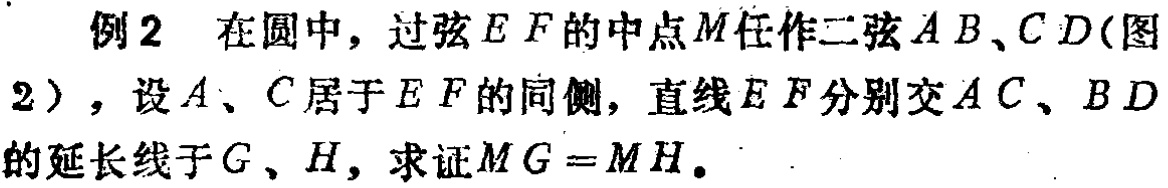
例2 在圆中，过弦\(EF\)的中点\(M\)任作二弦\(AB\)、\(CD\)(图2)，设\(A\)、\(C\)居于\(EF\)的同侧，直线\(EF\)分别交\(AC\)、\(BD\)的延长线于\(G\)、\(H\)，求证\(MG = MH\)。